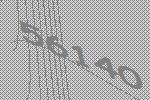
56140